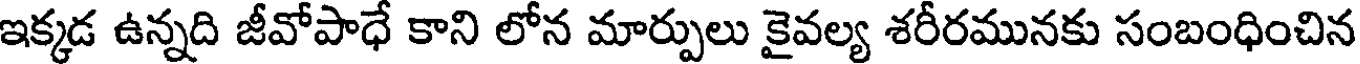
ఇక్కడ ఉన్నది జీవోపాధే కాని లోన మార్పులు కైవల్య శరీరమునకు సంబంధించిన